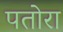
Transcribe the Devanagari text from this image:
पतोरा